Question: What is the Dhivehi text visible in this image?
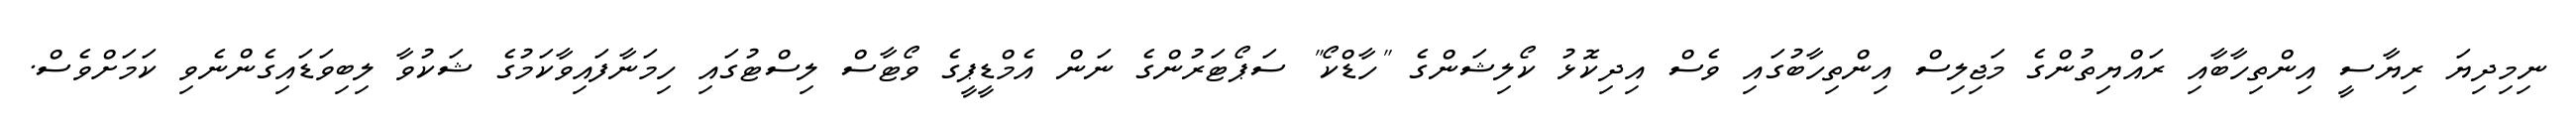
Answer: ނިމިދިޔަ ރިޔާސީ އިންތިހާބާއި ރައްޔިތުންގެ މަޖިލިސް އިންތިހާބުގައި ވެސް އިދިކޮޅު ކޯލިޝަންގެ "ހާޑްކޯ" ސަޕޯޓަރުންގެ ނަން އެމްޑީޕީގެ ވޯޓާސް ލިސްޓުގައި ހިމަނާފައިވާކަމުގެ ޝަކުވާ ލިބިވަޑައިގެންނެވި ކަމަށްވެސް.